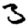
Digit: 3